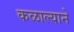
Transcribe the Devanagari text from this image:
कळाल्याने